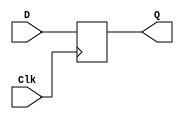
module D_flip_flop (output Q, input D, Clk);
    reg Q;
    initial Q = 1'b0;
    always @ (posedge Clk) Q <= D;
endmodule